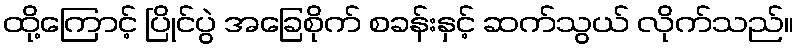
ထို့ကြောင့် ပြိုင်ပွဲ အခြေစိုက် စခန်းနှင့် ဆက်သွယ် လိုက်သည်။